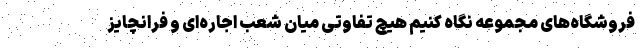
فروشگاه­های مجموعه نگاه کنیم هیچ تفاوتی میان شعب اجاره­ای و فرانچایز